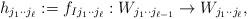
LaTeX: \begin{align*} h_{j_1\cdot \cdot j_{\ell}}:= f_{Ij_1\cdot \cdot j_{\ell}}: W_{j_1\cdot \cdot j_{\ell-1}} \to W_{j_1\cdot \cdot j_{\ell}},\end{align*}